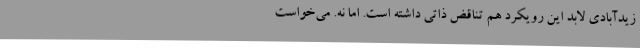
زیدآبادی لابد این رویکرد هم تناقض ذاتی داشته است. اما نه. می‌خواست